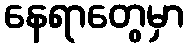
နေရာတွေမှာ